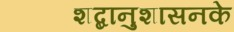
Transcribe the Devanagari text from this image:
शब्दानुशासनके